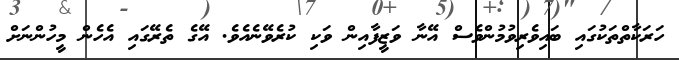
ހަރަކާތްތަކުގައި ބައިވެރިވުމުންވެސް އޭނާ ވަޒީފާއިން ވަކި ކުރެވޭނެއެވެ. އޭގެ ތެރޭގައި އެހެން މީހުންނަށް